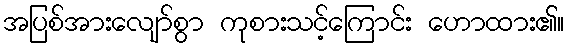
အပြစ်အားလျော်စွာ ကုစားသင့်ကြောင်း ဟောထား၏။